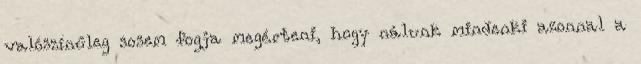
valószínűleg sosem fogja megérteni, hogy nálunk mindenki azonnal a